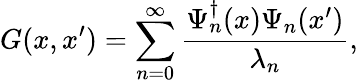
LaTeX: G(x,x^{\prime})=\sum_{n=0}^{\infty}{\frac{\Psi_{n}^{\dagger}(x)\Psi_{n}(x^{\prime})}{\lambda_{n}}},